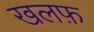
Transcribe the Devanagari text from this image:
खलफ़